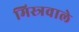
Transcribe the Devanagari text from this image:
मिस्त्रवाले